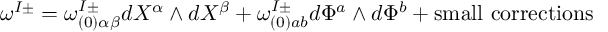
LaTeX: \omega ^ { I \pm } = \omega _ { ( 0 ) \alpha \beta } ^ { I \pm } d X ^ { \alpha } \wedge d X ^ { \beta } + \omega _ { ( 0 ) a b } ^ { I \pm } d \Phi ^ { a } \wedge d \Phi ^ { b } + \mathrm { s m a l l ~ c o r r e c t i o n s }